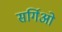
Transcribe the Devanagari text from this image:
सर्गिओ